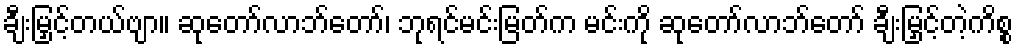
ချီးမြှင့်တယ်ဗျာ။ ဆုတော်လာဘ်တော်၊ ဘုရင်မင်းမြတ်က မင်းကို ဆုတော်လာဘ်တော် ချီးမြှင့်တဲ့ကိစ္စ